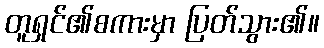
တူရှင်၏စကားမှာ ပြတ်သွား၏။